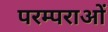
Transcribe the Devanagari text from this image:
परम्‍पराओं